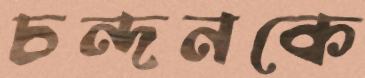
চন্দনকে